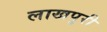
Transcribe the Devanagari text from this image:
लाखपुरी